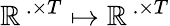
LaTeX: \mathbb{R}^{\, .\times T}\mapsto\mathbb{R}^{\, .\times T}